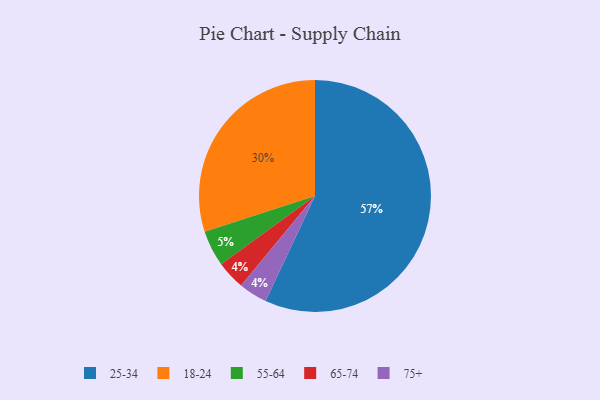
{"axis": {"x": "Category", "y": "Percentage"}, "legend": ["18-24", "25-34", "55-64", "65-74", "75+"], "data": [{"x": "65-74", "y": 4, "type": "65-74"}, {"x": "55-64", "y": 5, "type": "55-64"}, {"x": "25-34", "y": 57, "type": "25-34"}, {"x": "75+", "y": 4, "type": "75+"}, {"x": "18-24", "y": 30, "type": "18-24"}]}